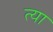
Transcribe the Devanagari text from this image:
त्या